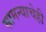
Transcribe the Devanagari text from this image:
सामन्याचेही